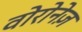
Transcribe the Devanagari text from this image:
वोरोनेज़